Madras plague regulations in force outside the Presidency town - Volume 5
Disease focus: Plague
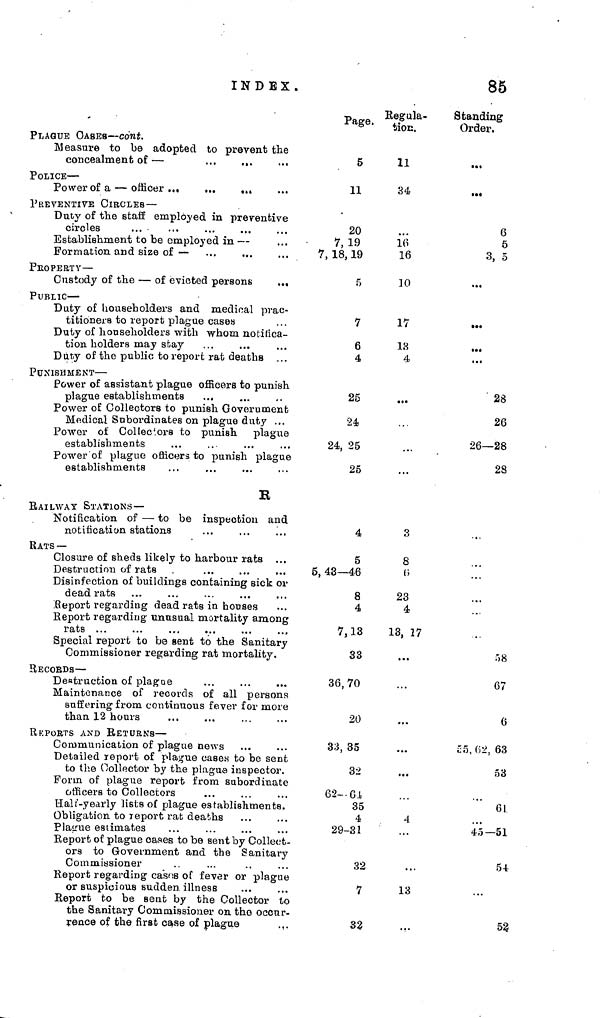
INDEX.
85
PLAGUE CASES — cont.
Measure to be adopted to prevent the
concealment of
—
POLICE —
PREVENTIVE CIRCLES —
Duty of the staff employed in preventive
circles
Establishment to be employed in —
Formation and size of —
PROPERTY—
Custody of the — of evicted persons
PUBLIC —
Duty of householders and medical prac-
Duty of householders with whom notifica-
tion holders may stay
Duty of the public to report rat deaths
PUNISHMENT —
Power of assistant plague officers to punish
plague establishments
Power of Collectors to punish Government
Medical Subordinates on plague duty ...
Power of Collectors to punish plague
establishments
Power of plague officers to punish plague
establishments
K
RAILWAY STATIONS—
Notification of — to be inspection and
notification stations
RATS —
Closure of sheds likely to harbour rats
Destruction of rats
Disinfection of buildings containing sick or
dead rats
Report regarding dead rats in houses
Report regarding unusual mortality among
Special report to be sent to the Sanitary
Commissioner regarding rat mortality.
RECORDS —
Destruction of plague
Maintenance of records of all persons
suffering from continuous fever for more
than 12 hours
REPORTS AND RETURNS —
Communication of plague news
Detailed report of plague cases to be sent
to the Collector by the plague inspector.
officers to Collectors
Half-yearly lists of plague establishments.
Obligation to report rat deaths
Plague estimates
Report of plague oases to be sent by Collect-
ors to Government and the Sanitary
Commissioner
Report regarding cases of fever or plague
or
suspicious
sudden
illness
Report to be sent by the Collector to
rence of the first case of plague
Page.
5
11
20
7, 19
7, 18, 19
5
7
6
4
25
24
24, 25
25
4
5
5, 43—46
8
4
7, 13
33
36,70
20
33, 35
32
62— 64
35
4
29-31
32
7
32
Regula-
tion.
11
34
16
16
10
17
18
4
3
8
6
23
4
13, 17
4
13
Standing
Order.
6
5
3, 5
28
26
26—28
28
r, 8
67
6
55, 62, 63
53
61
45—51
54
52